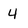
Character: 4